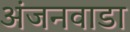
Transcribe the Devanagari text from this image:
अंजनवाडा